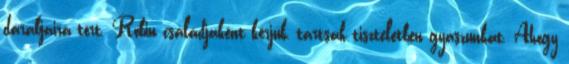
darabjaira tört. Robin családjaként kérjük, tartsák tiszteletben gyászunkat. Ahogy